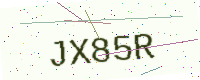
Text: JX85R